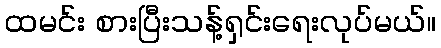
ထမင်း စားပြီးသန့်ရှင်းရေးလုပ်မယ်။